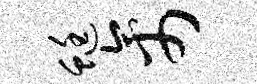
蜓禽